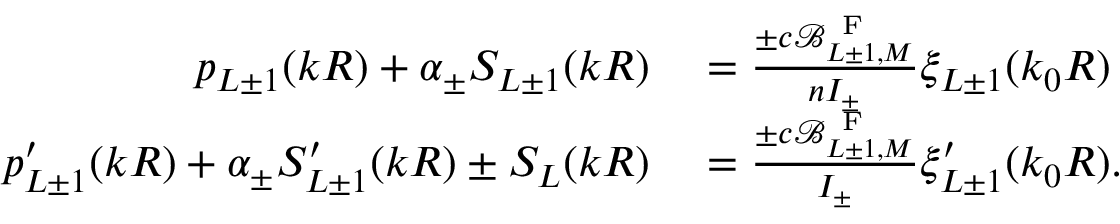
\begin{array} { r l } { p _ { L \pm 1 } ( k R ) + \alpha _ { \pm } S _ { L \pm 1 } ( k R ) } & { { } = \frac { \pm c \mathcal { B } _ { L \pm 1 , M } ^ { \mathrm { ~ F ~ } } } { n { \cal I } _ { \pm } } \xi _ { L \pm 1 } ( k _ { 0 } R ) } \\ { p _ { L \pm 1 } ^ { \prime } ( k R ) + \alpha _ { \pm } S _ { L \pm 1 } ^ { \prime } ( k R ) \pm S _ { L } ( k R ) } & { { } = \frac { \pm c \mathcal { B } _ { L \pm 1 , M } ^ { \mathrm { ~ F ~ } } } { { \cal I } _ { \pm } } \xi _ { L \pm 1 } ^ { \prime } ( k _ { 0 } R ) . } \end{array}